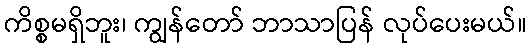
ကိစ္စမရှိဘူး၊ ကျွန်တော် ဘာသာပြန် လုပ်ပေးမယ်။